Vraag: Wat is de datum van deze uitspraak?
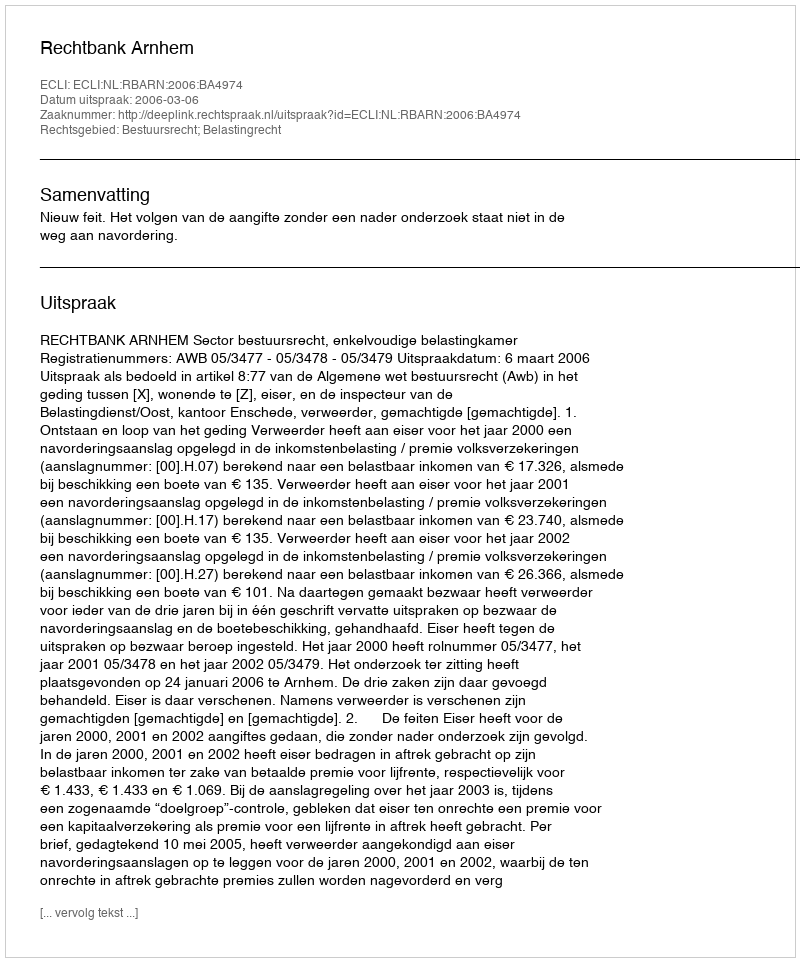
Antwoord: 2006-03-06